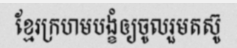
ខ្មែរក្រហមបង្ខំឲ្យចូលរួមតស៊ូ